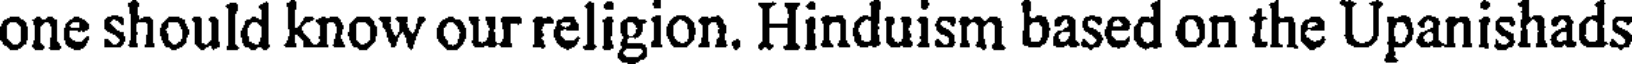
one should know our religion. Hinduism based on the Upanishads